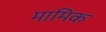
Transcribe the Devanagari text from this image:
मामिक